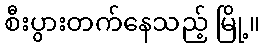
စီးပွားတက်နေသည့် မြို့။